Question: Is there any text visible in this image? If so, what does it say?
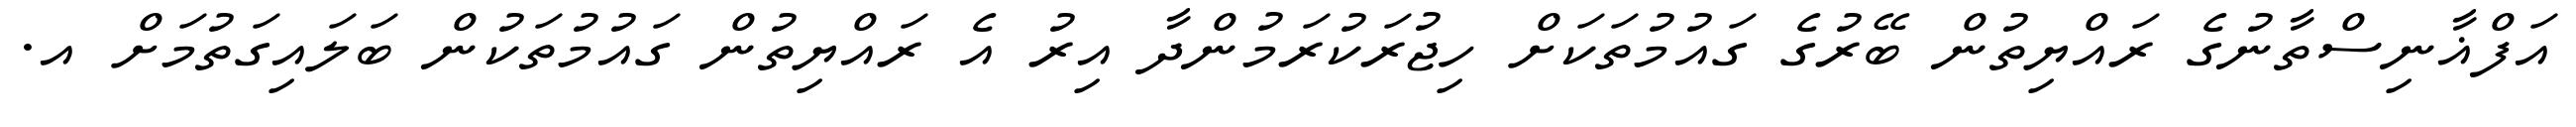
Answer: އަފްޣާނިސްތާނުގެ ރައްޔިތުން ބޭރުގެ ގައުމުތަކަށް ހިޖުރަކުރަމުންދާ އިރު އެ ރައްޔިތުން ގައުމުތަކުން ބަލައިގަތުމަށް އ.